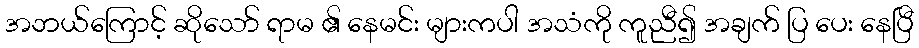
အဘယ်ကြောင့် ဆိုသော် ရာမ ၏ နေမင်း များကပါ အသံကို ကူညီ၍ အချက် ပြ ပေး နေပြီ